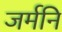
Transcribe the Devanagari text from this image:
जर्मनि